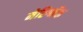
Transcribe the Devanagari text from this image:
मेरिग्नॅक